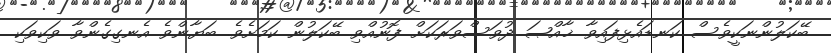
ބޭކަލުންނަކީވެސް ކަނޑައެޅިފައިވާ ޚާއްޞަ ދުވަސްވަރަކަށް ފޮނުއްވި ބޭކަލުން ކަމަށެވެ. ބަޔާންވެ އެނގިގެންވާ ވަކިވަކި